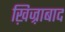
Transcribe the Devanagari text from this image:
ख़िज़्राबाद